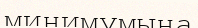
минимумына